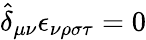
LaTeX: \hat{\delta}_{\mu\nu}\epsilon_{\nu\rho\sigma\tau}=0